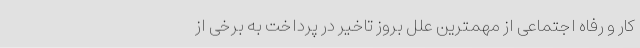
کار و رفاه اجتماعی از مهمترین علل بروز تاخیر در پرداخت به برخی از